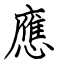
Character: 應